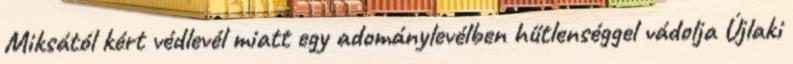
Miksától kért védlevél miatt egy adománylevélben hűtlenséggel vádolja Újlaki